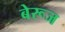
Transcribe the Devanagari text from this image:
बेरूज